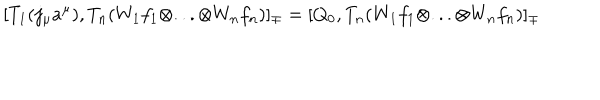
[ T _ { 1 } ( j _ { \mu } a ^ { \mu } ) , T _ { n } ( W _ { 1 } f _ { 1 } \otimes . . . \otimes W _ { n } f _ { n } ) ] _ { \mp } = [ Q _ { 0 } , T _ { n } ( W _ { 1 } f _ { 1 } \otimes . . . \otimes W _ { n } f _ { n } ) ] _ { \mp }